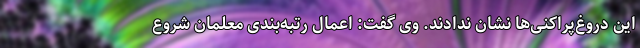
این دروغ‌پراکنی‌ها نشان ندادند. وی گفت: اعمال رتبه‌بندی معلمان شروع